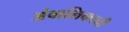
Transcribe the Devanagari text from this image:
अंबालिकाची